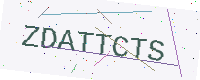
Text: ZDATTCTS